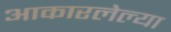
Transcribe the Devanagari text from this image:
आकारलेल्या